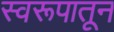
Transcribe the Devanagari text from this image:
स्वरूपातून